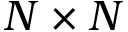
N \times N